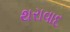
થરાવાદ